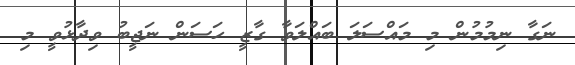
ނަގާ ނިމުމުން މި މައްސަލަ ބައްލަވާ ގާޒީ ހަސަން ނަޖީބު ވިދާޅުވީ މި